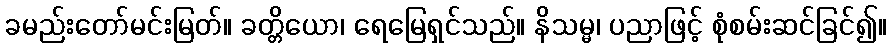
ခမည်းတော်မင်းမြတ်။ ခတ္တိယော၊ ရေမြေရှင်သည်။ နိသမ္မ၊ ပညာဖြင့် စုံစမ်းဆင်ခြင်၍။